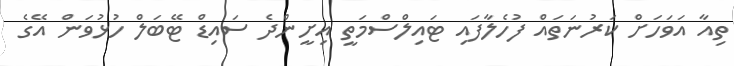
ތިއާ އަވަހަށް ކަރުނަތައް ފުހެލާފައި ޓައިލްސްމަތީ އިށީންދެ ސައިޑް ޓޭބަލް ހުޅުވަން އޭގެ